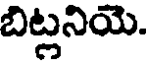
బిట్లనియె.